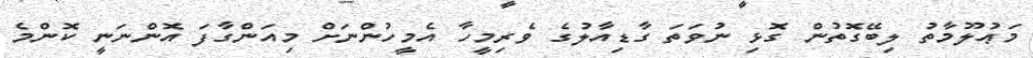
މަޢުލޫމާތު ލިބޭގޮތުން ގޮޅި ނުވަތަ ގާޑިއާލުގެ ވެރިމީހާ އެމީހުންނަށް މިއަންގާފަ އޮންނަނީ ކޮންމެ